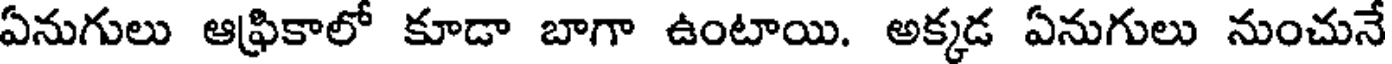
ఏనుగులు ఆఫ్రికాలో కూడా బాగా ఉంటాయి. అక్కడ ఏనుగులు నుంచునే